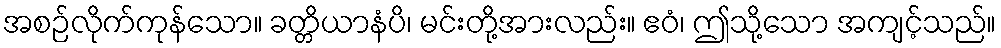
အစဉ်လိုက်ကုန်သော။ ခတ္တိယာနံပိ၊ မင်းတို့အားလည်း။ ဧဝံ၊ ဤသို့သော အကျင့်သည်။